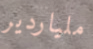
ملياردير